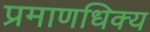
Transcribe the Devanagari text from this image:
प्रमाणधिक्य